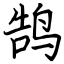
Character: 鹄